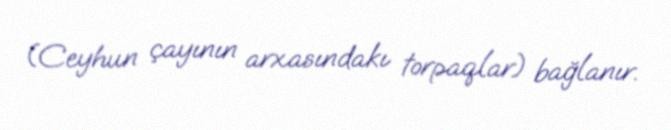
(Ceyhun çayının arxasındakı torpaqlar) bağlanır.